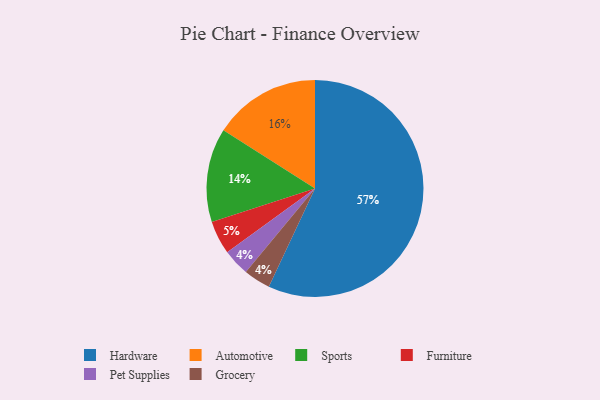
{"axis": {"x": "Category", "y": "Percentage"}, "legend": ["Automotive", "Furniture", "Grocery", "Hardware", "Pet Supplies", "Sports"], "data": [{"x": "Furniture", "y": 5, "type": "Furniture"}, {"x": "Sports", "y": 14, "type": "Sports"}, {"x": "Hardware", "y": 57, "type": "Hardware"}, {"x": "Automotive", "y": 16, "type": "Automotive"}, {"x": "Pet Supplies", "y": 4, "type": "Pet Supplies"}, {"x": "Grocery", "y": 4, "type": "Grocery"}]}